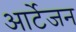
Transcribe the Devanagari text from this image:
आर्टेजन